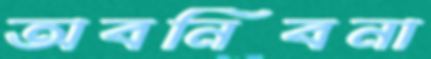
অবনিবনা